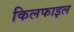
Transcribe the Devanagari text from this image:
किलफाइल